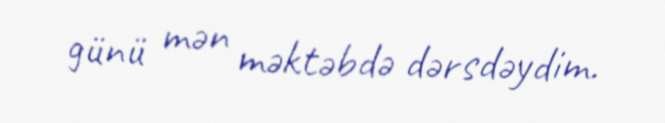
günü mən məktəbdə dərsdəydim.